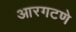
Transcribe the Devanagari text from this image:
आरगटणे